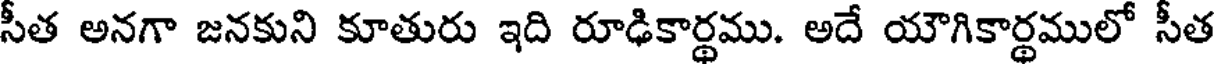
సీత అనగా జనకుని కూతురు ఇది రూఢికార్థము. అదే యౌగికార్థములో సీత